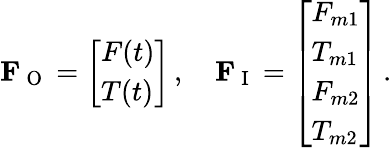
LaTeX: \mathbf{F}_{\mathrm{~O~}}=\left[\begin{array}{l}{F(t)}\\ {T(t)}\end{array}\right]\, ,\quad\mathbf{F}_{\mathrm{~I~}}=\left[\begin{array}{l}{F_{m1}}\\ {T_{m1}}\\ {F_{m2}}\\ {T_{m2}}\end{array}\right]\, .